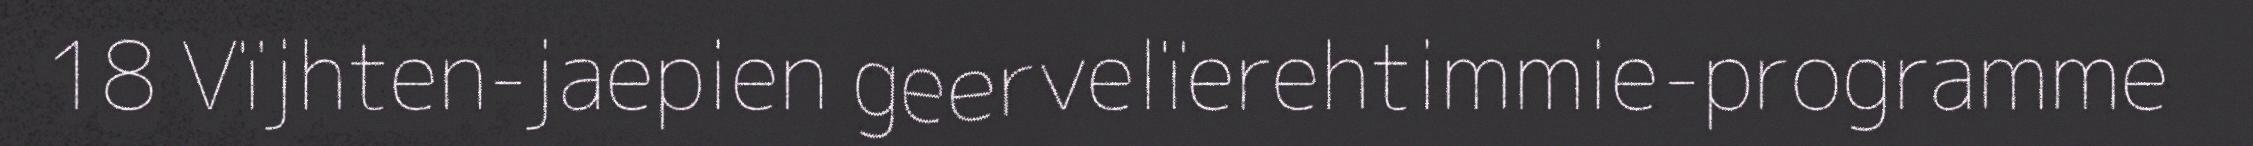
18 Vïjhten-jaepien geervelïerehtimmie-programme